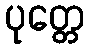
ပုတ္တေ